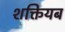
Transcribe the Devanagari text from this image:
शक्तियब